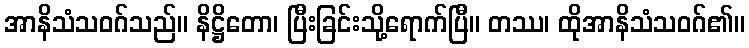
အာနိသံသဝဂ်သည်။ နိဋ္ဌိတော၊ ပြီးခြင်းသို့ရောက်ပြီ။ တဿ၊ ထိုအာနိသံသဝဂ်၏။